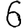
Digit: 6